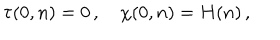
LaTeX: \tau ( 0 , n ) = 0 \, , \quad \chi ( 0 , n ) = H ( n ) \, ,